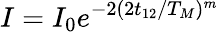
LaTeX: I=I_{0}e^{-2(2t_{12}/T_{M})^{m}}